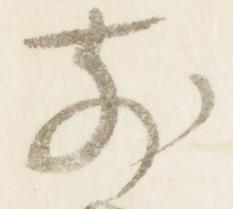
前